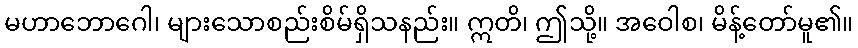
မဟာဘောဂေါ၊ များသောစည်းစိမ်ရှိသနည်း။ ဣတိ၊ ဤသို့။ အဝေါစ၊ မိန့်တော်မူ၏။